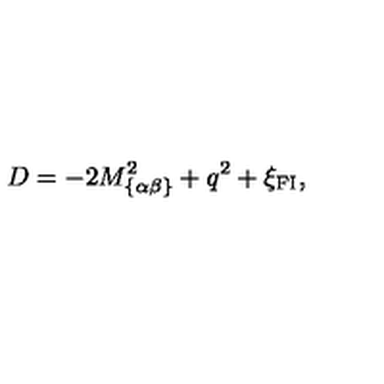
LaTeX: D = - 2 M _ { \{ \alpha \beta \} } ^ { 2 } + q ^ { 2 } + \xi _ { \mathrm { { \small F I } } } ,